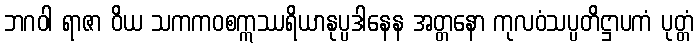
ဘဂဝါ ရာဇာ ဝိယ သကကဝစဣဿရိယာနုပ္ပဒါနေန အတ္တနော ကုလဝံသပ္ပတိဋ္ဌာပကံ ပုတ္တံ